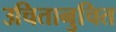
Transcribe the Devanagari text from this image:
उचितानुचित